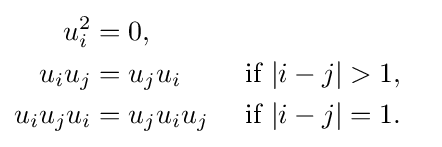
{\begin{aligned}u_{i}^{2}&=0,\\u_{i}u_{j}&=u_{j}u_{i}&&{\text{ if }}|i-j|>1,\\u_{i}u_{j}u_{i}&=u_{j}u_{i}u_{j}&&{\text{ if }}|i-j|=1.\end{aligned}}